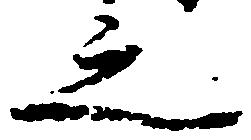
之